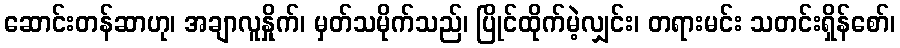
ဆောင်းတန်ဆာဟု၊ အချာလူနှိုက်၊ မှတ်သမိုက်သည်၊ ပြိုင်ထိုက်မဲ့လျှင်း၊ တရားမင်း သတင်းရှိန်စော်၊